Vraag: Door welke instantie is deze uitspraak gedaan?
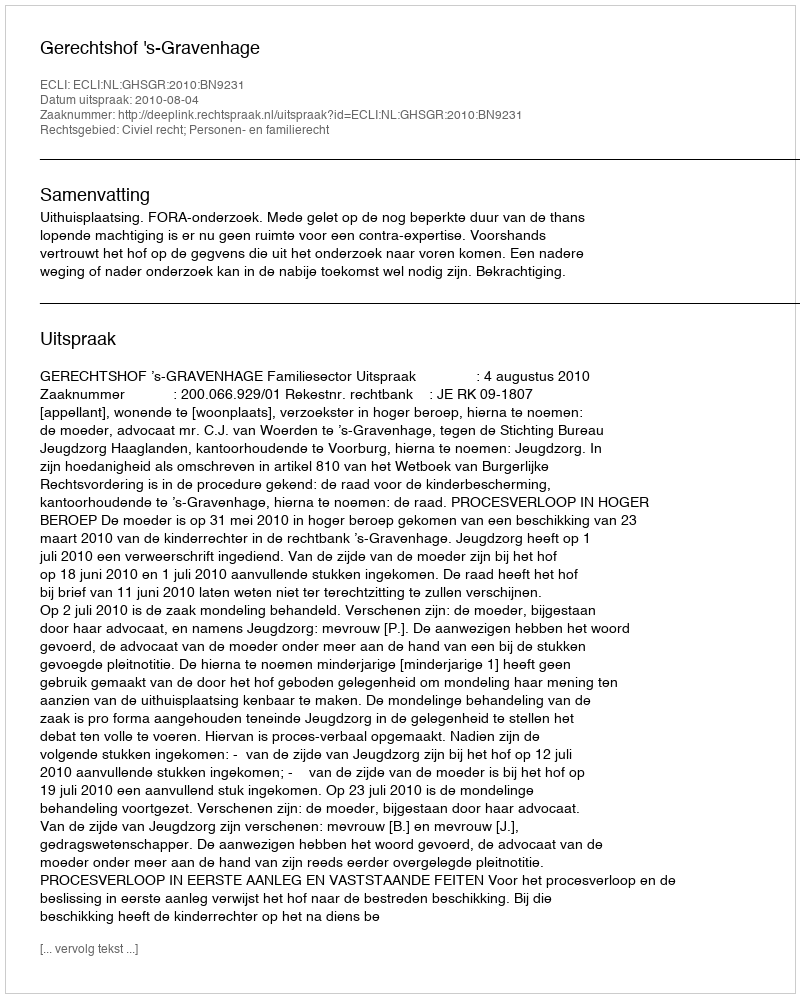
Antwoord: Gerechtshof 's-Gravenhage